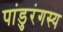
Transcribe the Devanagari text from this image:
पांडुरंगस्य